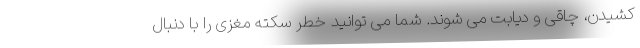
کشیدن، چاقی و دیابت می شوند. شما می توانید خطر سکته مغزی را با دنبال